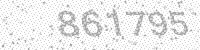
Solution: 861795